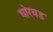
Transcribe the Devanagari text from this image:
चोरवड